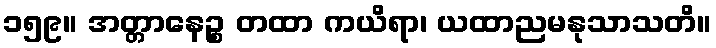
၁၅၉။ အတ္တာနေဉ္စ တထာ ကယိရာ၊ ယထာညမနုသာသတိ။